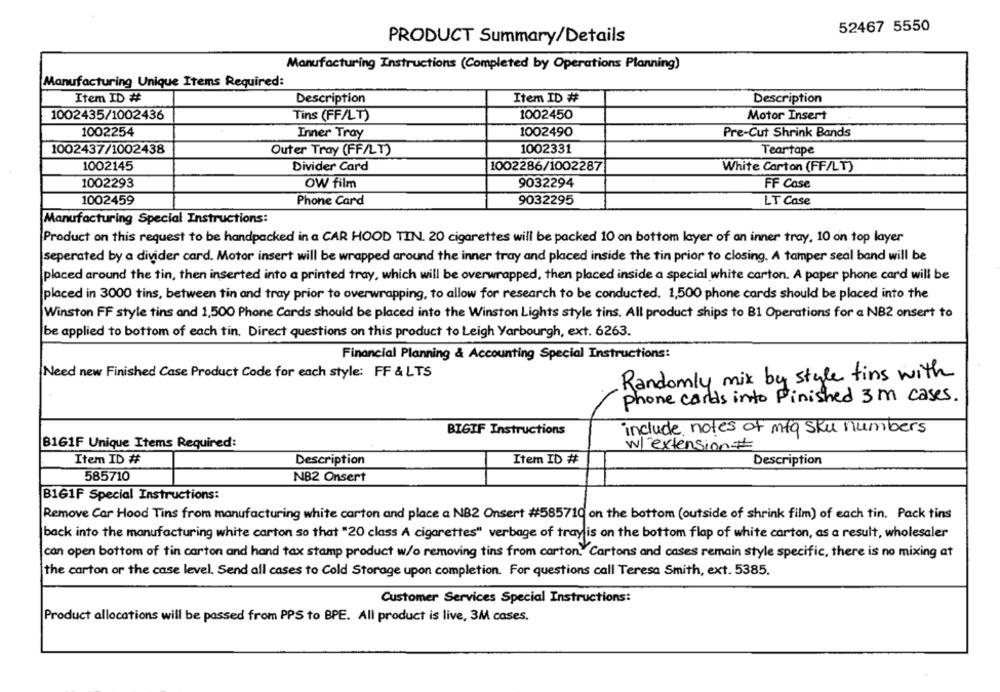
52467 5550
PRODUCT Summary/Details
Manufacturing Instructions (Completed by Operations Planning)
Manufacturing Unique Items Required:
Item ID #
Description
Item ID #
Description
1002435/1002436
Tins (FF/LT)
1002450
Motor Insert
1002254
1002490
Inner Tray
Pre-Cut Shrink Bands
1002437/1002438
Outer Tray (FF/LT)
1002331
Teartape
1002145
Divider Card
1002286/1002287
White Carton (FF/LT)
1002293
OW film
9032294
FF Case
1002459
9032295
LT Case
Phone Card
Manufacturing Special Instructions:
Product on this request to be handpacked in a CAR HOOD TIN. 20 cigarettes will be packed 10 on bottom layer of an inner tray, 10 on top layer
seperated by a divider card. Motor insert will be wrapped around the inner tray and placed inside the tin prior to closing. A tamper seal band will be
placed around the tin, then inserted into a printed tray, which will be overwrapped, then placed inside a special white carton. A paper phone card will be
placed in 3000 tins, between tin and tray prior to overwrapping, to allow for research to be conducted. 1,500 phone cards should be placed into the
Winston FF style tins and 1,500 Phone Cards should be placed into the Winston Lights style tins. All product ships to B1 Operations for a NB2 onsert to
be applied to bottom of each tin. Direct questions on this product to Leigh Yarbourgh, ext. 6263.
Financial Planning & Accounting Special Instructions:
Need new Finished Case Product Code for each style: FF & LTS
Randomly mix by style fins with
phone cards into Finished 3m cases.
BIGIF Instructions
include notes of mfg sku numbers
B161F Unique Items Required:
w/ extension#
Item ID #
Description
Item ID #
Description
585710
NB2 Onsert
B161F Special Instructions:
Remove Car Hood Tins from manufacturing white carton and place a NB2 Onsert #585710 on the bottom (outside of shrink film) of each tin. Pack tins
back into the manufacturing white carton so that "20 class A cigarettes" verbage of tray is on the bottom flap of white carton, as a result, wholesaler
can open bottom of tin carton and hand tax stamp product w/o removing tins from carton. Cartons and cases remain style specific, there is no mixing at
the carton or the case level. Send all cases to Cold Storage upon completion. For questions call Teresa Smith, ext. 5385.
Customer Services Special Instructions:
Product allocations will be passed from PPS to BPE. All product is live, 3M cases.